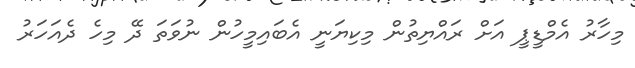
މިހާރު އެމްޑީޕީ އަށް ރައްޔިތުން މިކިޔަނީ އެބައިމީހުން ނުވަތަ ދޭ މިހެ ދެއަހަރު